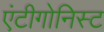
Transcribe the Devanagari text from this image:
एंटीगोनिस्ट